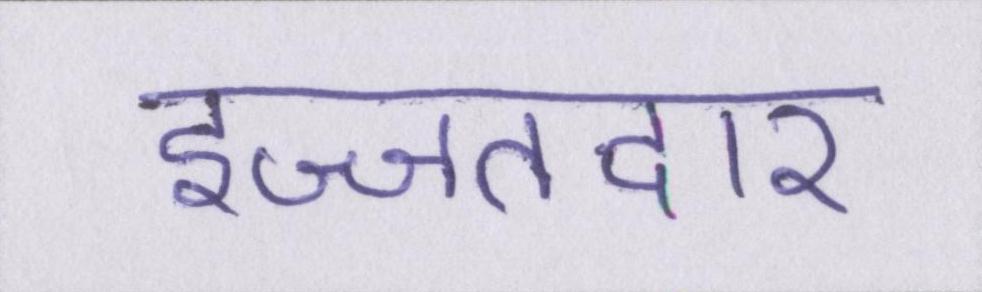
इज्जतदार